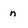
Character: n